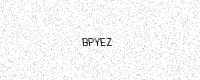
Text: BPYEZ